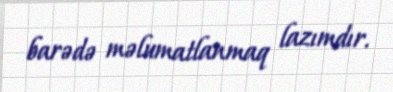
barədə məlumatlanmaq lazımdır.